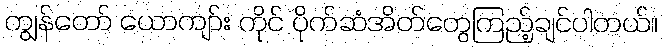
ကျွန်တော် ယောကျာ်း ကိုင် ပိုက်ဆံအိတ်တွေကြည့်ချင်ပါတယ်။